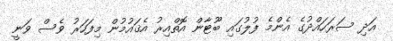
އަދި ސަރަހައްދުގެ އެންމެ ފުލުގައި ބޫޓާން އޮތްއިރު އެޤައުމުން މިފަހަރު ވެސް ވަނީ